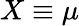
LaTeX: X\equiv\mu